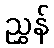
ညွှန်